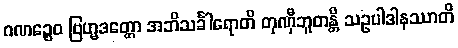
ဂဏဉ္စေဝ ဗြဟ္မဒတ္တော အဘိသင်္ခါရောတိ တုဏှီဘူတန္တိ သဥပါဒါနဿာတိ